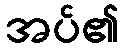
အပ်၏